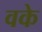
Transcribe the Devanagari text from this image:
वके